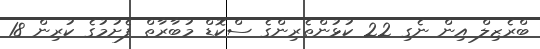
ބްރެޒިލް އިން ނެގި 22 ކުޅުންތެރިންގެ ސްކޮޑް މުބާރާތް ފެށުމުގެ ކުރިން 18